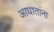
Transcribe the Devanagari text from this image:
आघातांना